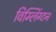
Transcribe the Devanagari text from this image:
विम्लिंग्टन